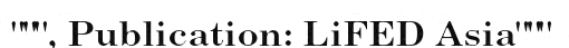
""", Publication: LiFED Asia"""